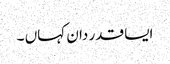
ایسا قدر دان کہاں ۔